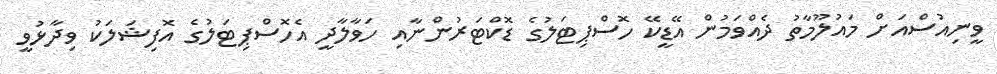
ވީނިއުސްއަށް މައުލޫމާތު ދެއްވަމުން އޭޑީކޭ ހޮސްޕިޓަލުގެ ޑޮކްޓަރުންނާއި ހަވާލާދީ އެހޮސްޕިޓަލުގެ އޮފިޝަލަކު ވިދާޅުވީ